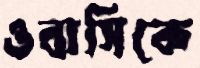
ওবাসিকে